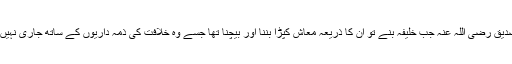
حضرت ابوبکر صدیق رضی اللہ عنہ جب خلیفہ بنے تو ان کا ذریعہ معاش کپڑا بننا اور بیچنا تھا جسے وہ خلافت کی ذمہ داریوں کے ساتھ جاری نہیں رکھ سکتے تھے۔